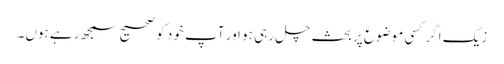
زیک اگر کسی موضوع پر بحث چل رہی ہو اور آپ خود کو صحیح سمجھ رہے ہوں۔